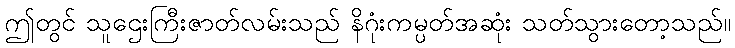
ဤတွင် သူဌေးကြီးဇာတ်လမ်းသည် နိဂုံးကမ္ပတ်အဆုံး သတ်သွားတော့သည်။